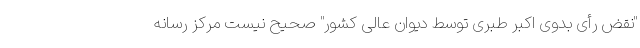
"نقض رأی بدوی اکبر طبری توسط دیوان عالی کشور" صحیح نیست مرکز رسانه